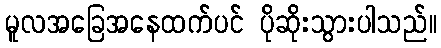
မူလအခြေအနေထက်ပင် ပိုဆိုးသွားပါသည်။